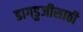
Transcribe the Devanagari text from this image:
डागडुजीसाठी